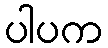
ပါပက